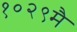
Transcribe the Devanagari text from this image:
१०२९मै